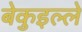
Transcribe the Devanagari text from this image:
बेकुइल्ले